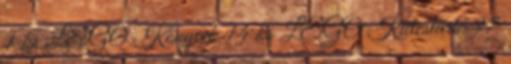
1 ks LEGO Könyvek 14 ks LEGO Kulcstartó 97